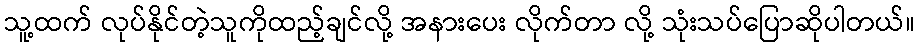
သူ့ထက် လုပ်နိုင်တဲ့သူကိုထည့်ချင်လို့ အနားပေး လိုက်တာ လို့ သုံးသပ်ပြောဆိုပါတယ်။